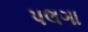
પલગા